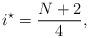
LaTeX: \begin{align*}i^{\star} = \frac{N+2}{4},\end{align*}